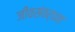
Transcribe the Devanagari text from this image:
जीवसंवर्धन